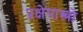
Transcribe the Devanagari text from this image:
प्रक्षेपास्त्रो